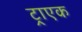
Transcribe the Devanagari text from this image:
ट्राएक